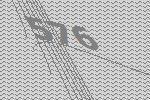
576